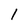
Character: 1